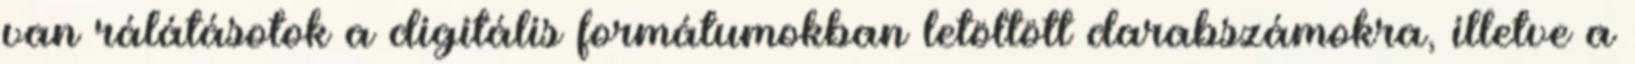
van rálátásotok a digitális formátumokban letöltött darabszámokra, illetve a